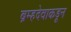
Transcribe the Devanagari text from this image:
ब्रम्हदेवाकडून